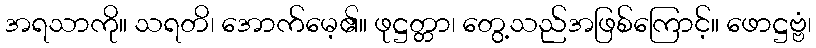
အရသာကို။ သရတိ၊ အောက်မေ့၏။ ဖုဋ္ဌတ္တာ၊ တွေ့သည်အဖြစ်ကြောင့်။ ဖောဋ္ဌဗ္ဗံ၊